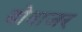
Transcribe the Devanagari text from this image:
डोवाजर